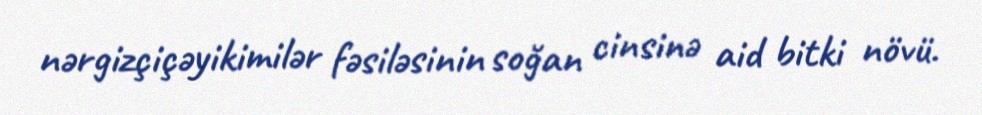
nərgizçiçəyikimilər fəsiləsinin soğan cinsinə aid bitki növü.